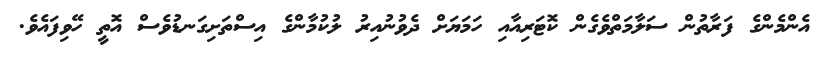
އެންމެންގެ ފަރާތުން ސަލާމަތްވެގެން ކޮޓަރިއާއި ހަމަޔަށް ދެވުނުއިރު ލުކުމާންގެ އިސްތަށިގަނޑުވެސް އޮތީ ހޭވިފައެވެ.